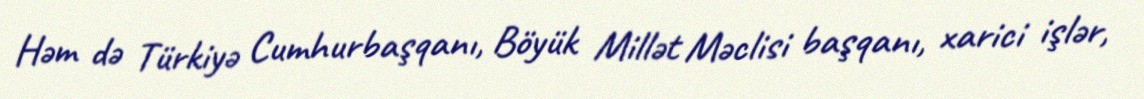
Həm də Türkiyə Cumhurbaşqanı, Böyük Millət Məclisi başqanı, xarici işlər,